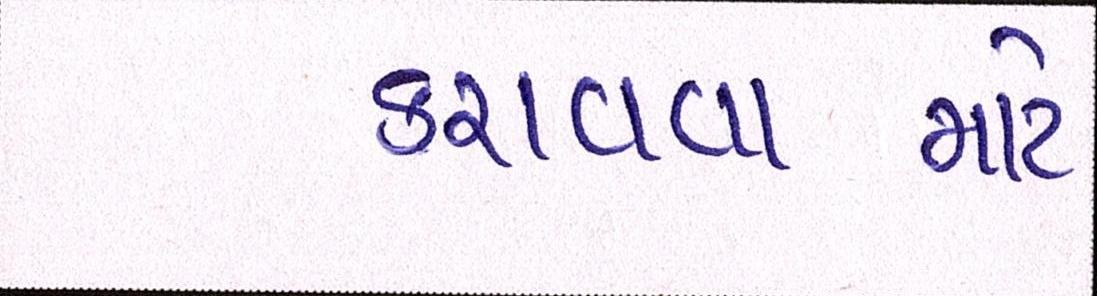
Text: કરાવવામાટે